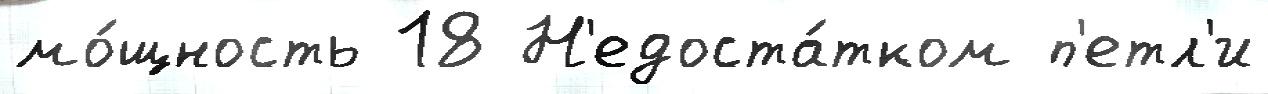
мо́щность 18 Н'едоста́тком п'етл'и